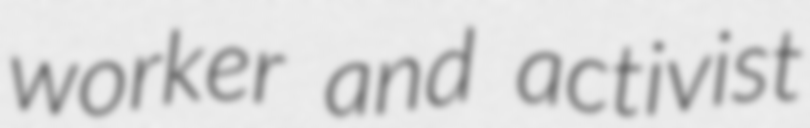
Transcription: worker and activist